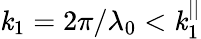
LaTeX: \mathit{k}_{1}=2\pi/\lambda_{0}<\mathit{k}_{1}^{||}